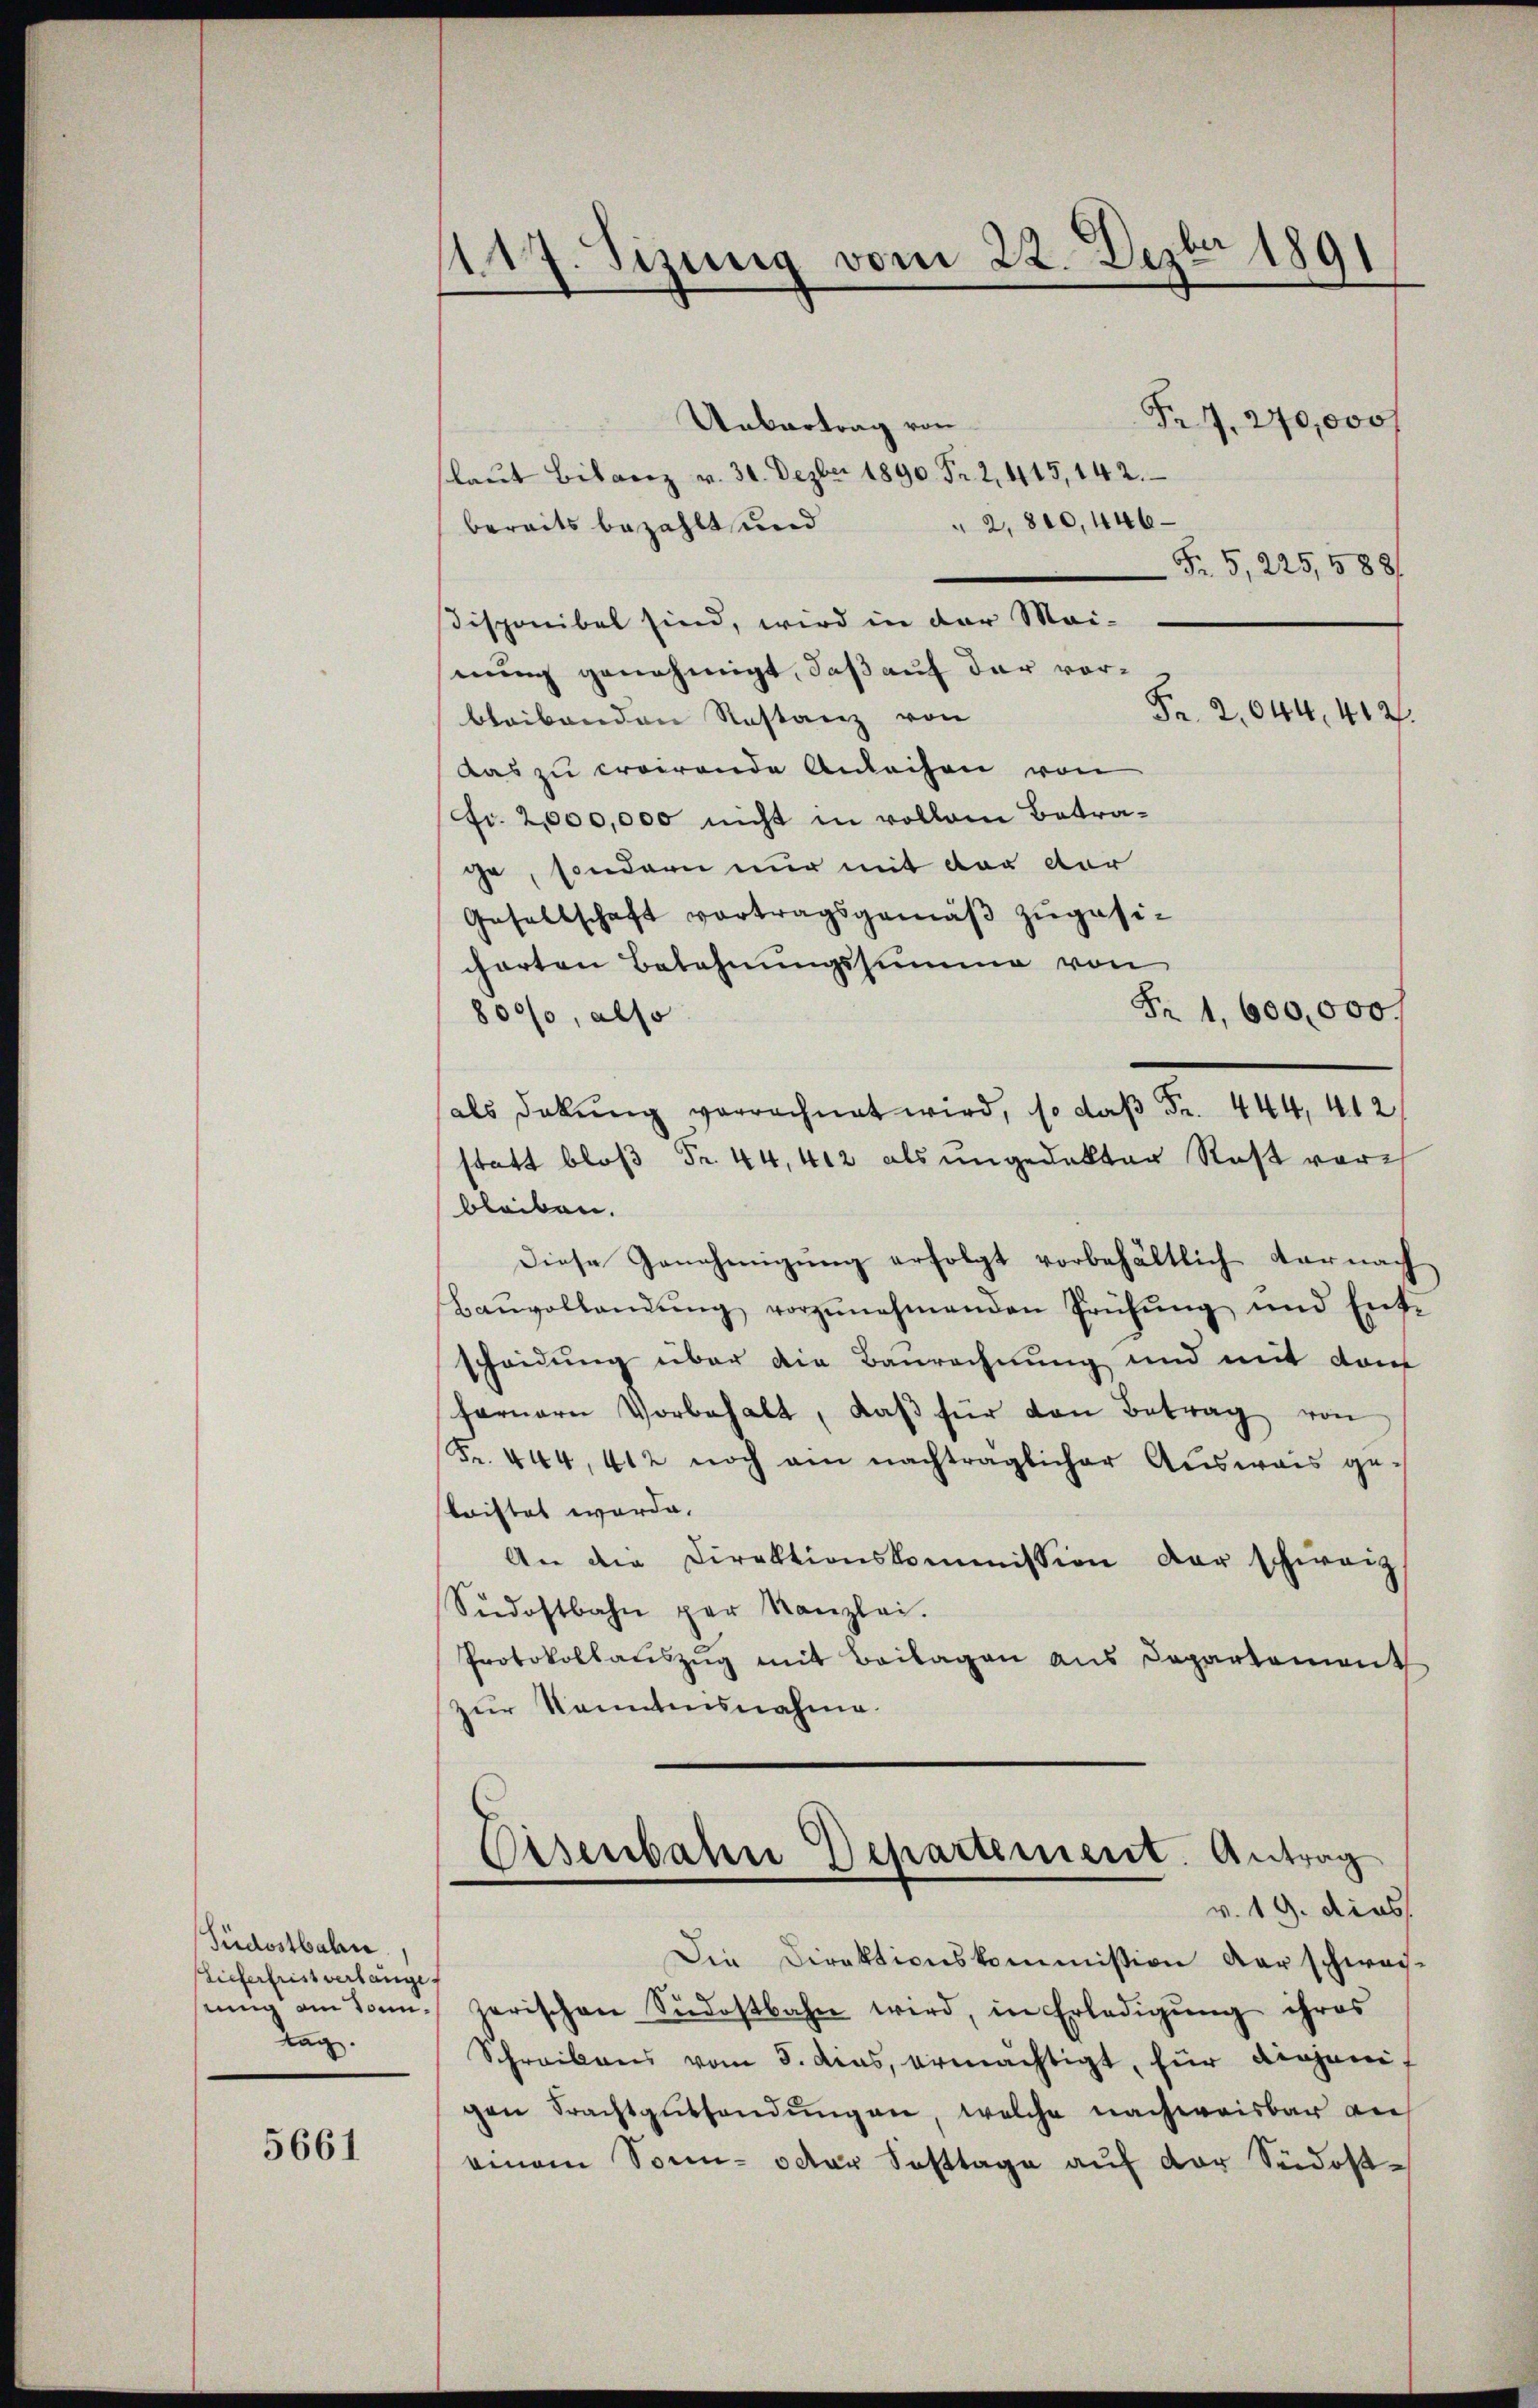
Füdostbahn.
lieferfrist verlange.
seung an Sonn¬
Tag.

5661

1117. Sizung vom 22. Dezbr 1891
Pr 7. 240,000 f
Uebertrag von
laŭt Bilanz v. 30. Dezbr 1890 Fr. 2, 415, 142.

2,800,446 –
bereits bezahlt und
Fr. 5, 225,588/
isponibel sind, wird in der Mai-
nung genehmigt, daß auf der vor¬
Fr. 2,044, 412.
bleibenden Restanz von
Das zu croirende Anleihen von
fr. 2,000,000 nicht in vollem Betrage, sondern nur mit der der
Gesellschaft vortragsgemäβ zŭgesicharten Belohnungssumme von
Fr. 1,600,000 f
8000, also
als Dekŭng verrechnet wird, so daß Fr. 444, 412
statt bloß Fr. 44, 412 als ungedekter Rost vorbleiben.
diese Genehmigŭng erfolgt vorbehältlich darnach
Baŭvollandŭng vorzŭnehmenden Prüfŭng und Ent-
scheidung über die Baurechnung und mit dem
farnern Vorbehalt, daβ für den Betrag von
Fr. 444, 412 noch ein nachträglicher Ausweis ge-
briftet werde.
An die Direktionskommission der schweiz
Südostbahn per Kanzlei.
Protokollauszug mit Beilagen aus Departement
zur Kenntnisnahme.

Eisenbahn Departement. Antrag
v. 19. dies

Die Direktionskommission der schwei-
zerischen Südostbahn wird, in Erledigŭng ihres
Schreibens vom 5. dies, ermächtigt, für diejenigen Frachtguthendungen, welche nachweisbar vie
einem Sonn- oder Fasttage aŭf der Südost¬